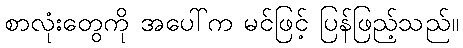
စာလုံးတွေကို အပေါ်က မင်ဖြင့် ပြန်ဖြည့်သည်။